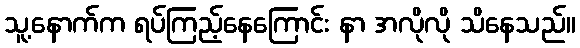
သူ့နောက်က ရပ်ကြည့်နေကြောင်း နာ အလိုလို သိနေသည်။